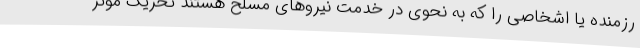
رزمنده یا اشخاصی را که به نحوی در خدمت نیروهای مسلح هستند تحریک موثر